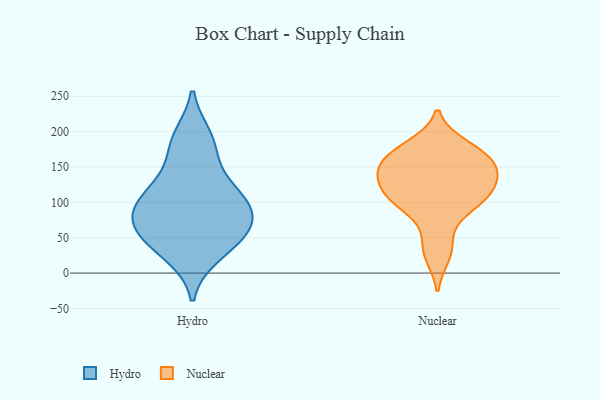
{"axis": {"x": "Churn Rate (%)", "y": "Value"}, "legend": ["Hydro", "Nuclear"], "data": [{"x": "", "y": 82, "type": "Hydro"}, {"x": "", "y": 27, "type": "Hydro"}, {"x": "", "y": 47, "type": "Hydro"}, {"x": "", "y": 115, "type": "Hydro"}, {"x": "", "y": 98, "type": "Hydro"}, {"x": "", "y": 51, "type": "Hydro"}, {"x": "", "y": 70, "type": "Hydro"}, {"x": "", "y": 126, "type": "Hydro"}, {"x": "", "y": 177, "type": "Hydro"}, {"x": "", "y": 84, "type": "Hydro"}, {"x": "", "y": 191, "type": "Hydro"}, {"x": "", "y": 122, "type": "Nuclear"}, {"x": "", "y": 26, "type": "Nuclear"}, {"x": "", "y": 134, "type": "Nuclear"}, {"x": "", "y": 104, "type": "Nuclear"}, {"x": "", "y": 173, "type": "Nuclear"}, {"x": "", "y": 139, "type": "Nuclear"}, {"x": "", "y": 41, "type": "Nuclear"}, {"x": "", "y": 102, "type": "Nuclear"}, {"x": "", "y": 179, "type": "Nuclear"}, {"x": "", "y": 150, "type": "Nuclear"}, {"x": "", "y": 125, "type": "Nuclear"}, {"x": "", "y": 91, "type": "Nuclear"}, {"x": "", "y": 151, "type": "Nuclear"}, {"x": "", "y": 165, "type": "Nuclear"}, {"x": "", "y": 165, "type": "Nuclear"}, {"x": "", "y": 101, "type": "Nuclear"}]}